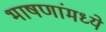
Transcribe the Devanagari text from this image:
भाषणांमध्ये